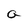
Character: a